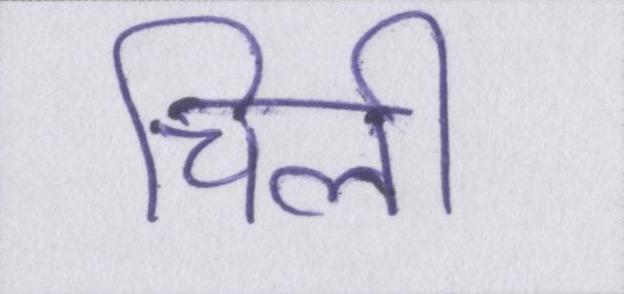
चिली